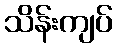
သိန်းကျပ်